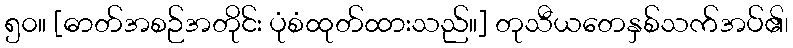
၅၀။ [ဓာတ်အစဉ်အတိုင်း ပုံစံထုတ်ထားသည်။] တုသီယတေနှစ်သက်အပ်၏၊